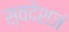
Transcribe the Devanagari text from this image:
स्वदेशजं